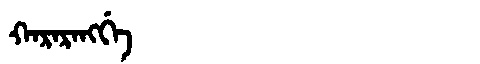
Manchu: ᡴᠠᡵᠠᡵᠠᠩᡤᡝ
Romanization: KARARANGGE